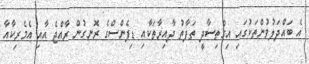
އެ ބައްދަލުވުންތަކުގައި އިގްތިސާދީ ތަފާތު ދާއިރާތަކާއި ޑިފެންސްގެ ރޮނގުން ރާއްޖެ އާއި އެމެރިކާއާ